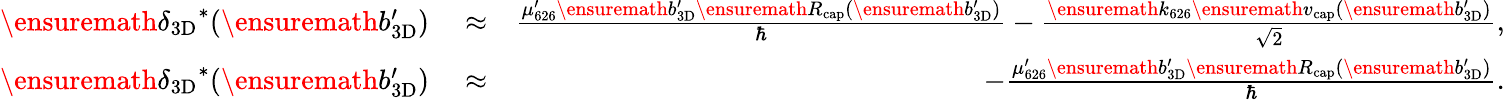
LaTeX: \begin{array}{rlr}{\ensuremath{\delta_{\mathrm{3D}}}^{*}(\ensuremath{b_{\mathrm{3D}}^{\prime}})}&{{}\approx}&{\frac{\mu_{626}^{\prime}\ensuremath{b_{\mathrm{3D}}^{\prime}}\ensuremath{R_{\mathrm{cap}}}(\ensuremath{b_{\mathrm{3D}}^{\prime}})}{\hbar}-\frac{\ensuremath{k_{626}}\ensuremath{v_{\mathrm{cap}}}(\ensuremath{b_{\mathrm{3D}}^{\prime}})}{\sqrt{2}},}\\ {\ensuremath{\delta_{\mathrm{3D}}}^{*}(\ensuremath{b_{\mathrm{3D}}^{\prime}})}&{{}\approx}&{-\frac{\mu_{626}^{\prime}\ensuremath{b_{\mathrm{3D}}^{\prime}}\ensuremath{R_{\mathrm{cap}}}(\ensuremath{b_{\mathrm{3D}}^{\prime}})}{\hbar}.}\end{array}